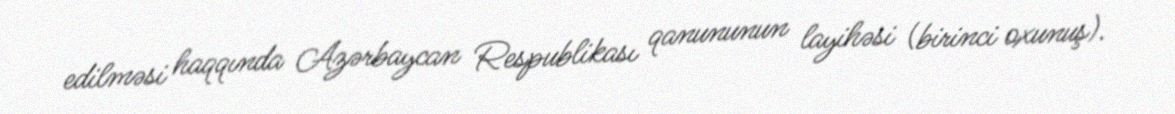
edilməsi haqqında Azərbaycan Respublikası qanununun layihəsi (birinci oxunuş).